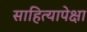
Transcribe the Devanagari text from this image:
साहित्यापेक्षा